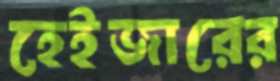
হেইজারের